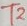
Text: T2